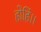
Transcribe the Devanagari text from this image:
होहिं।।